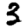
Digit: 3